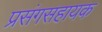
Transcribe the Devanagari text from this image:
प्रसंगसहायक